Indian Civil Veterinary Department memoirs
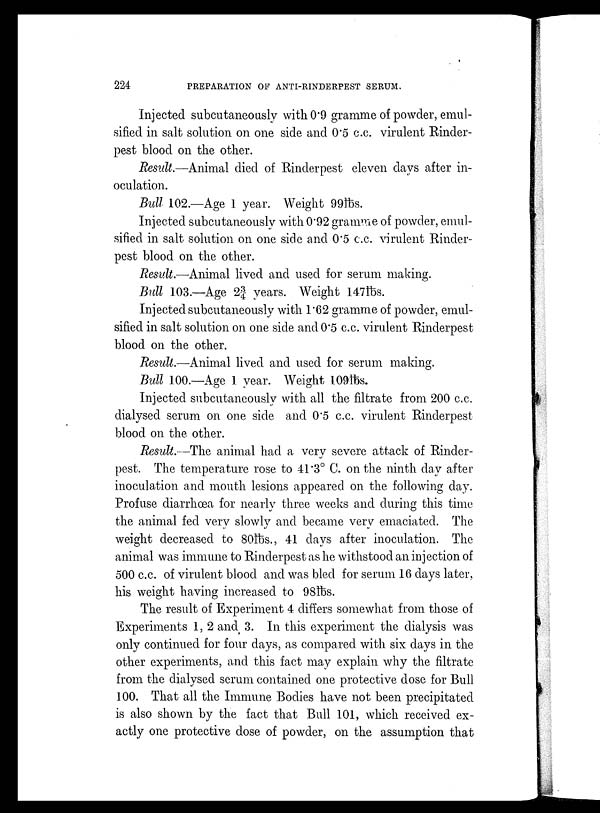
224
PREPARATION OF ANTI-RINDERPEST SERUM.
Injected subcutaneously with 0.9 gramme of powder, emul-
sified in salt solution on one side and 0.5 c.c. virulent Rinder-
pest blood on the other.
Result.—Animal died of Rinderpest eleven days after in-
oculation.
Bull 102.—Age 1 year. Weight 99lbs.
Injected subcutaneously with 0.92 gramme of powder, emul-
sified in salt solution on one side and 0.5 c.c. virulent Rinder-
pest blood on the other.
Result.—Animal lived and used for serum making.
Bull 103.—Age 23/4 years. Weight 147lbs.
Injected subcutaneously with 1.62 gramme of powder, emul-
sified in salt solution on one side and 0.5 c.c. virulent Rinderpest
blood on the other.
Result.—Animal lived and used for serum making.
Bull 1.00.—Age 1 year. Weight 109lbs.
Injected subcutaneously with all the filtrate from 200 c.c.
dialysed serum on one side and 0.5 c.c. virulent Rinderpest
blood on the other.
Result.—The animal had a very severe attack of Rinder-
pest. The temperature rose to 41.3º C. on the ninth day after
inoculation and mouth lesions appeared on the following day.
Profuse diarrhœa for nearly three weeks and during this time
the animal fed very slowly and became very emaciated. The
weight decreased to 80lbs., 41 days after inoculation. The
animal was immune to Rinderpest as he withstood an injection of
500 c.c. of virulent blood and was bled for serum 16 days later,
his weight having increased to 98lbs.
The result of Experiment 4 differs somewhat from those of
Experiments 1, 2 and 3. In this experiment the dialysis was
only continued for four days, as compared with six days in the
other experiments, and this fact may explain why the filtrate
from the dialysed serum contained one protective dose for Bull
100. That all the Immune Bodies have not been precipitated
is also shown by the fact that Bull 101, which received ex-
actly one protective dose of powder, on the assumption that